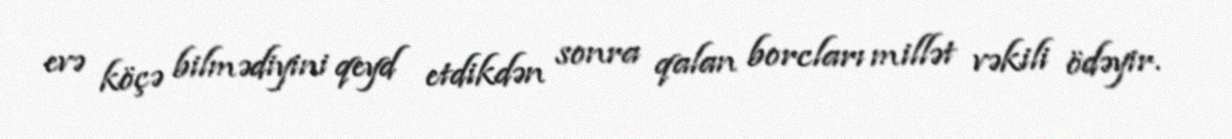
evə köçə bilmədiyini qeyd etdikdən sonra qalan borcları millət vəkili ödəyir.